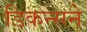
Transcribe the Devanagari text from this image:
डिकन्सने